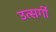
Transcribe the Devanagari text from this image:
उत्सर्गीं